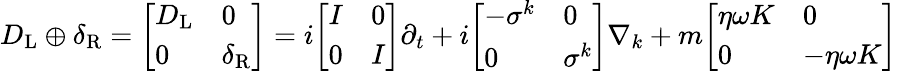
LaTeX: D_{\mathrm{{L}}}\oplus\delta_{\mathrm{{R}}}={\left[\begin{array}{ll}{D_{\mathrm{{L}}}}&{0}\\ {0}&{\delta_{\mathrm{{R}}}}\end{array}\right]}=i{\left[\begin{array}{ll}{I}&{0}\\ {0}&{I}\end{array}\right]}\partial_{t}+i{\left[\begin{array}{ll}{-\sigma^{k}}&{0}\\ {0}&{\sigma^{k}}\end{array}\right]}\nabla_{k}+m{\left[\begin{array}{ll}{\eta\omega K}&{0}\\ {0}&{-\eta\omega K}\end{array}\right]}